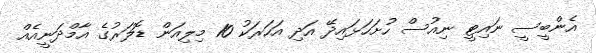
އެންބީސީ ނައިޓީ ނިއުސް ހުށަހަޅައިދޭ އަދި އަހަރަކު 10 މިލިއަން ޑޮލަރުގެ އާމްދަނީއެއް